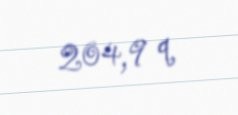
204,9 q